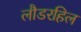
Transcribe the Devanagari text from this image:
लौडरहिल